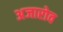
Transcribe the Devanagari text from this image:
अजारोव